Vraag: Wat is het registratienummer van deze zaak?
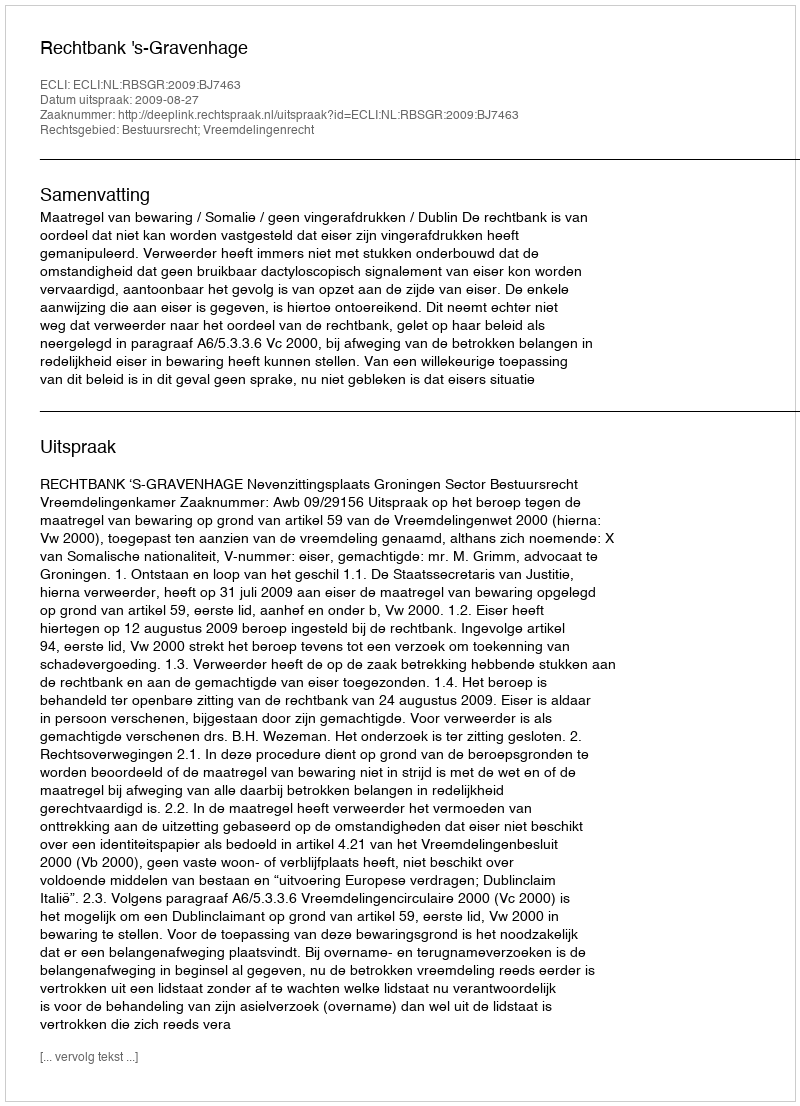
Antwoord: http://deeplink.rechtspraak.nl/uitspraak?id=ECLI:NL:RBSGR:2009:BJ7463